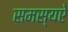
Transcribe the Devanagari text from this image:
समस्यऐ